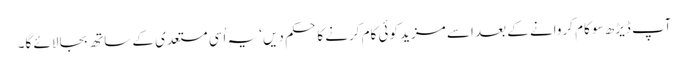
آپ ڈیڑھ سو کام کروانے کے بعد اسے مزید کوئی کام کرنے کا حکم دیں‘ یہ اُسی مستعدی کے ساتھ بجا لائے گا۔